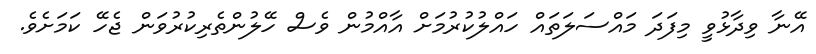
އޭނާ ވިދާޅުވީ މިފަދަ މައްސަލަތައް ހައްލުކުރުމަށް އާއްމުން ވެސް ހޭލުންތެރިކުރުވަން ޖެހޭ ކަމަށެވެ.